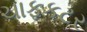
ચાફકટર